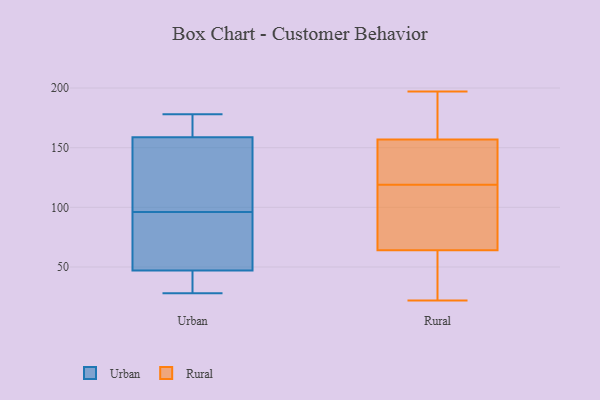
{"axis": {"x": "Gross Profit (USD K)", "y": "Value"}, "legend": ["Rural", "Urban"], "data": [{"x": "", "y": 96, "type": "Urban"}, {"x": "", "y": 28, "type": "Urban"}, {"x": "", "y": 83, "type": "Urban"}, {"x": "", "y": 34, "type": "Urban"}, {"x": "", "y": 92, "type": "Urban"}, {"x": "", "y": 142, "type": "Urban"}, {"x": "", "y": 167, "type": "Urban"}, {"x": "", "y": 143, "type": "Urban"}, {"x": "", "y": 178, "type": "Urban"}, {"x": "", "y": 35, "type": "Urban"}, {"x": "", "y": 164, "type": "Urban"}, {"x": "", "y": 159, "type": "Rural"}, {"x": "", "y": 22, "type": "Rural"}, {"x": "", "y": 76, "type": "Rural"}, {"x": "", "y": 119, "type": "Rural"}, {"x": "", "y": 144, "type": "Rural"}, {"x": "", "y": 60, "type": "Rural"}, {"x": "", "y": 85, "type": "Rural"}, {"x": "", "y": 150, "type": "Rural"}, {"x": "", "y": 41, "type": "Rural"}, {"x": "", "y": 197, "type": "Rural"}, {"x": "", "y": 169, "type": "Rural"}]}